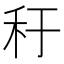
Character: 䄨